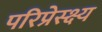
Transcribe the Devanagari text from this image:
परिप्रेस्क्ष्य